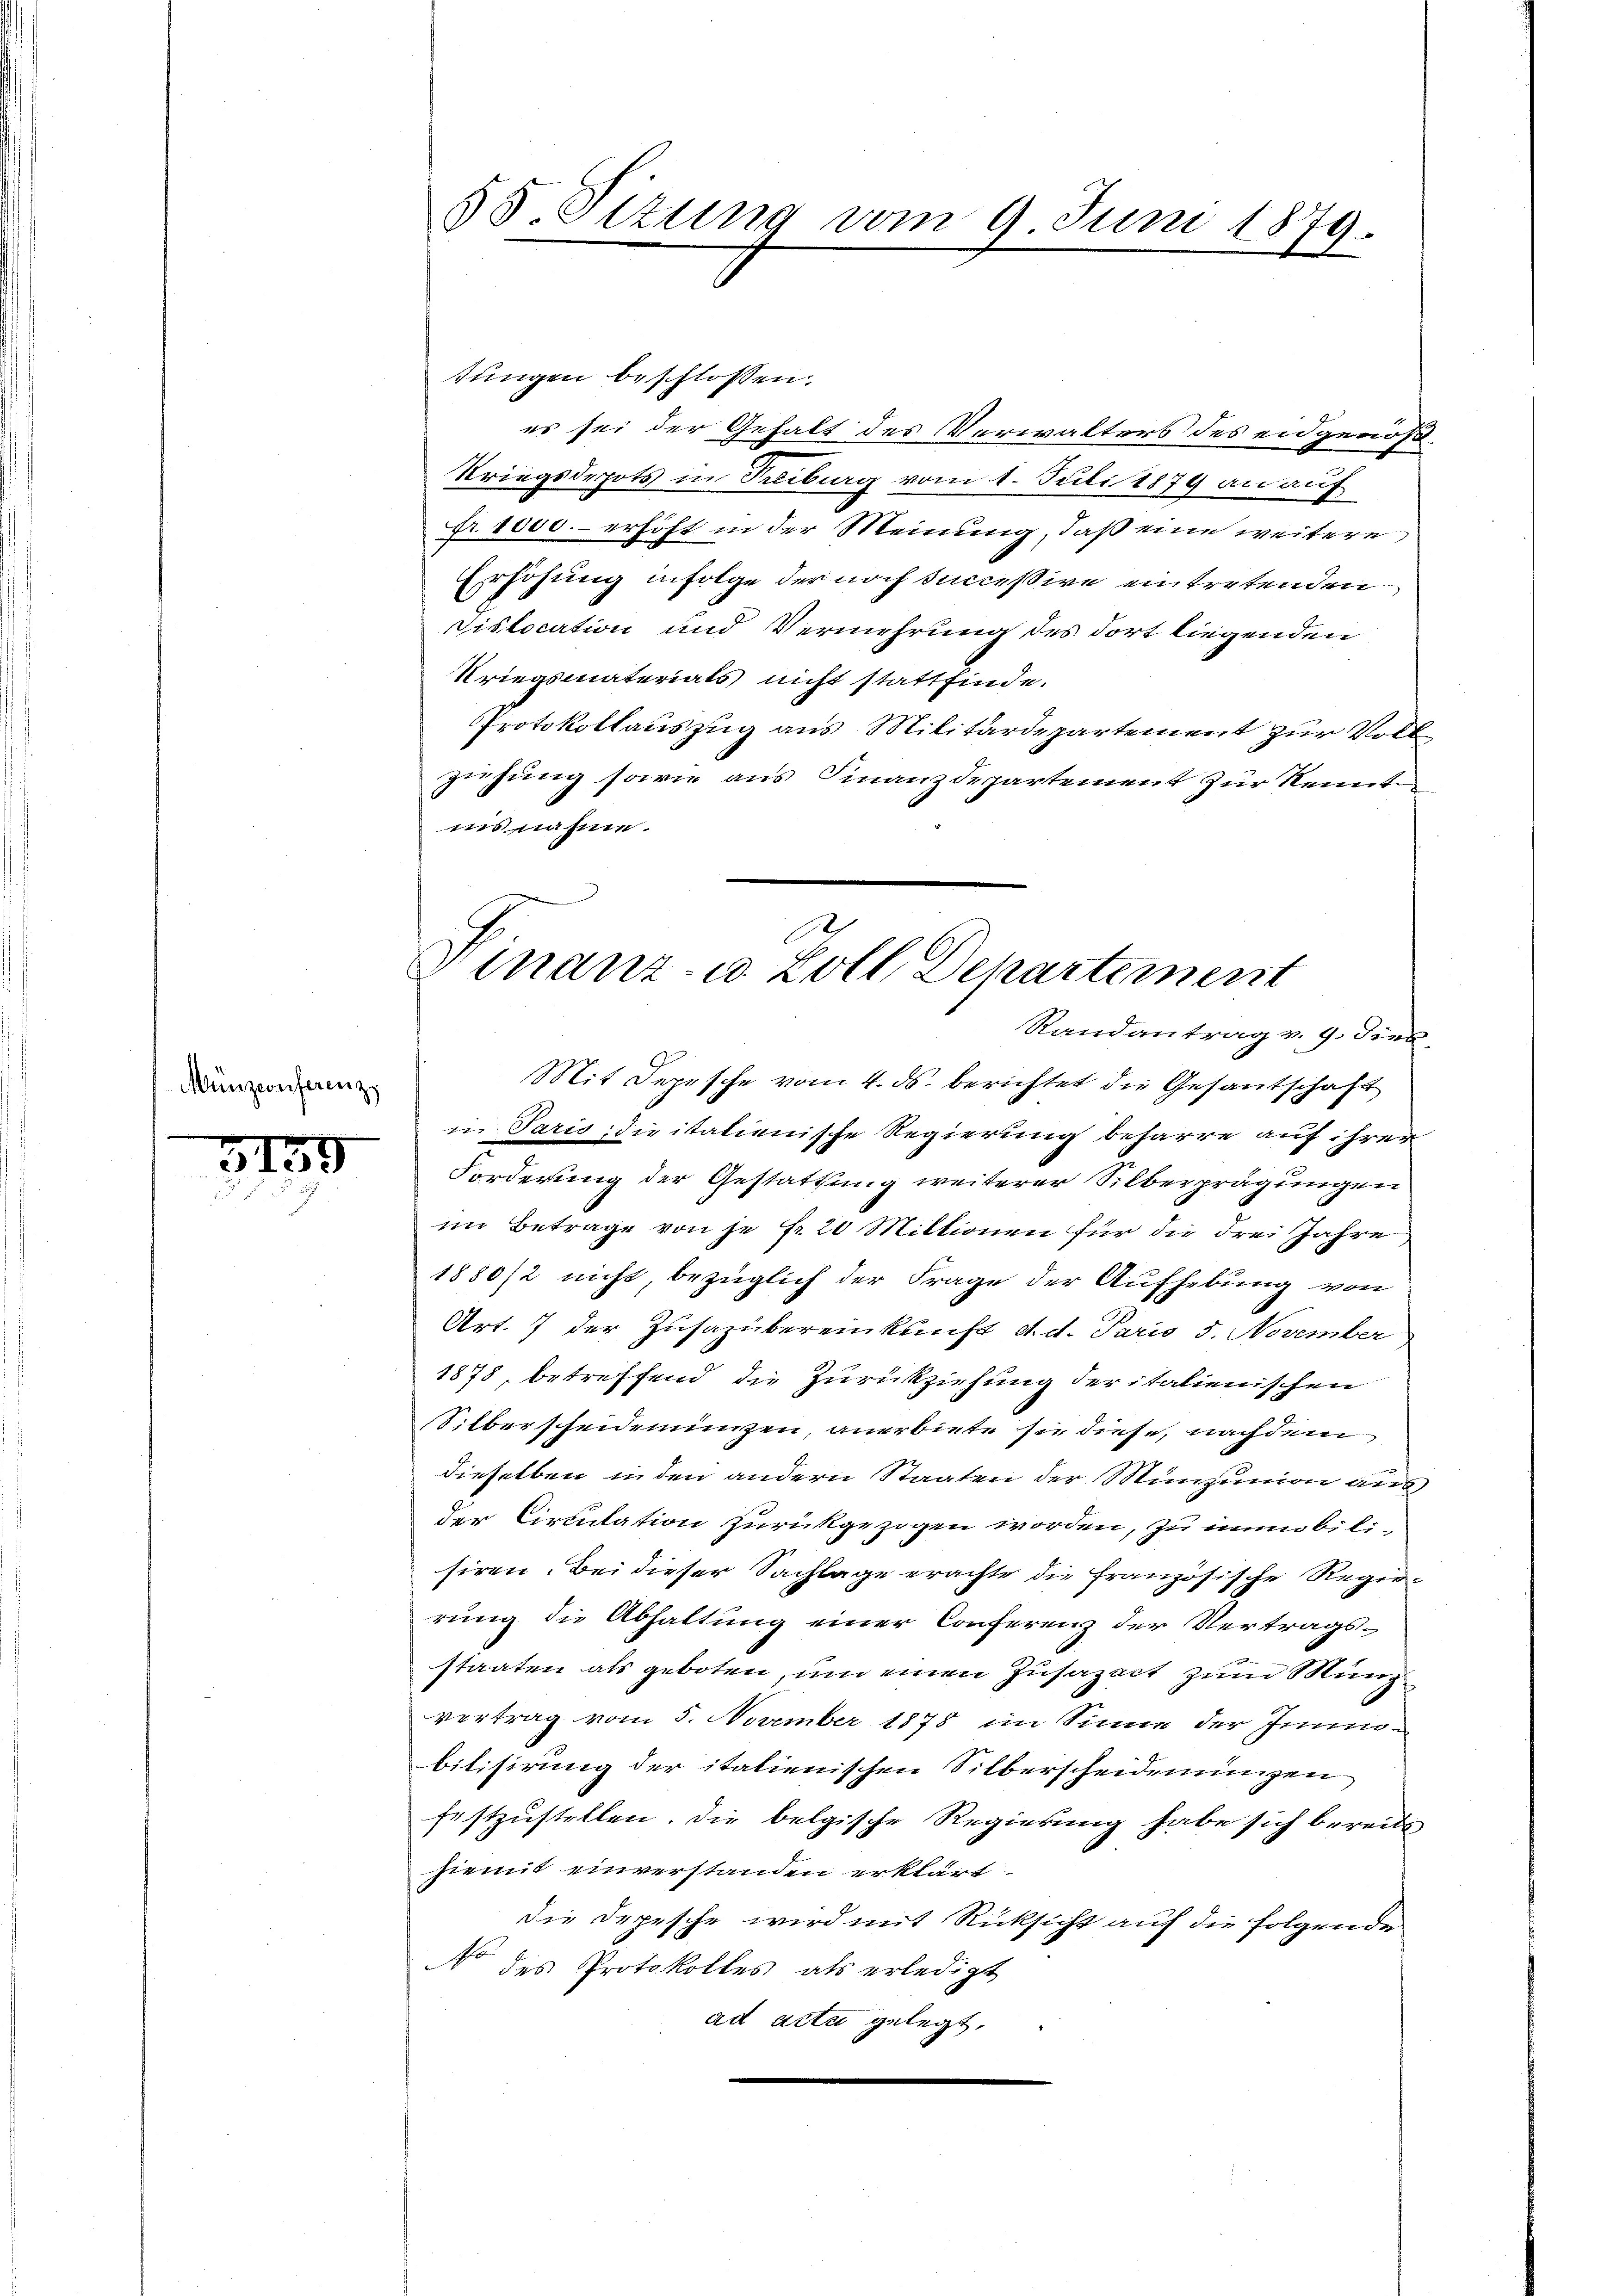
Münzconferenz,

3159
.

tungen beschlossen:
es sei der Gehalt des Verwalters des eidgenöß¬
Kriegsdepots in Treiburg vom 1. Juli 1879 an auf
fr. 1000.- erhöht in der Meinung, daß eine weitere
Erhöhung infolge der noch successive eintretenden
Dislocation und Vermehrung des dort liegenden
Kriegsmaterials nicht stattfinde.
Protokollauszug aus Militärdepartement zur Vollzisung sowie aus Finanzdepartement zur Kennte
nis nahme.
in Paris, die italienische Regierung beharre auf ihrer
Forderung der Gestattung weiterer Silberprägungen
im Betrage von je f. 20 Miltionen für die Frei Jahre
1880/2 nicht bezüglich der Frage der Aufhebung von
Art. 7 der Zusazübereinkunft d. d. Paris 5. November
1878, betreffend die Zurückziehung der italienischen
Silberscheidenungen, anerbiete sie diese, nachdem
dieselben in den andern Staaten der Münzunion aus
der Circulation zurückgezogen worden, zu immobilisiren. Bei dieser Sachlage erachte die französische Regierung die Abhaltung einer Conferenz der Vertrags-
staaten als geboten, um einen Zusazact zum Münzvertrag vom 5. November 1878 im Sinne der Innebitisirung der italienischen Silberscheidenungen
festzustellen. Die belgische Regierung habe sich bereits
hiemit einverstanden erklärt.
die Depesche wird mit Rücksicht auf die folgende
No des Protokolles als erledigt
ad acta gelegt.

55 Sizung vom 9. Juni 1879.

d
Finanz- u. Zoll Departement
Randantrag v. 9. dies
Mit Depesche vom 4. ds. berichtet die Gesantschaft